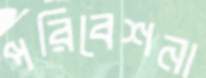
পরিবেশনা